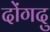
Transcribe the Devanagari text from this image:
दोंगदु